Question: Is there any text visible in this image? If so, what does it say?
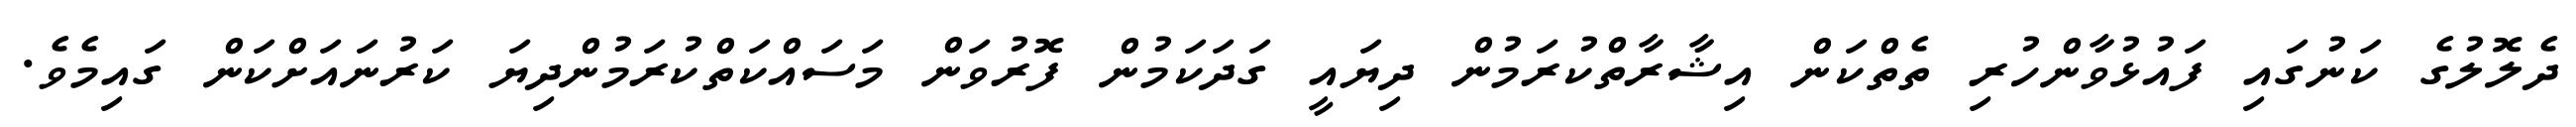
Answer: ދެލޮލުގެ ކަނުގައި ފައުޅުވާންހުރި ތެތްކަން އިޝާރާތްކުރަމުން ދިޔައީ ގަދަކަމުން ފޮރުވަން މަސައްކަތްކުރަމުންދިޔަ ކަރުނައަށްކަން ގައިމެވެ.